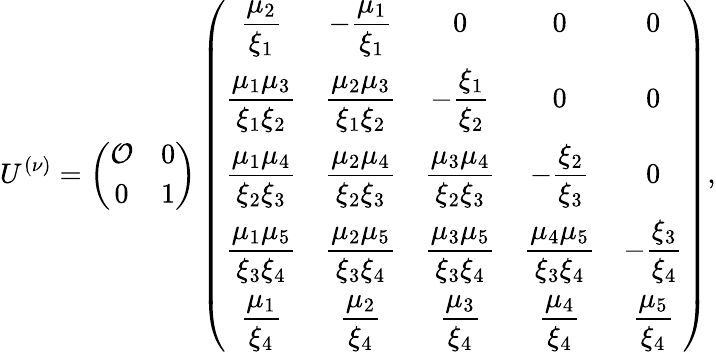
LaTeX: U^{(\nu)}=\left(\begin{array}{cc}{{{\cal O}}}&{{0}}\\ {{0}}&{{1}}\end{array}\right)\left(\begin{array}{ccccc}{{\displaystyle{{\frac{\mu_{2}}{\xi_{1}}}}}}&{{\displaystyle{-{\frac{\mu_{1}}{\xi_{1}}}}}}&{{0}}&{{0}}&{{0}}\\ {{\displaystyle{{\frac{\mu_{1}\mu_{3}}{\xi_{1}\xi_{2}}}}}}&{{\displaystyle{{\frac{\mu_{2}\mu_{3}}{\xi_{1}\xi_{2}}}}}}&{{\displaystyle{-{\frac{\xi_{1}}{\xi_{2}}}}}}&{{0}}&{{0}}\\ {{\displaystyle{{\frac{\mu_{1}\mu_{4}}{\xi_{2}\xi_{3}}}}}}&{{\displaystyle{{\frac{\mu_{2}\mu_{4}}{\xi_{2}\xi_{3}}}}}}&{{\displaystyle{{\frac{\mu_{3}\mu_{4}}{\xi_{2}\xi_{3}}}}}}&{{\displaystyle{-{\frac{\xi_{2}}{\xi_{3}}}}}}&{{0}}\\ {{\displaystyle{{\frac{\mu_{1}\mu_{5}}{\xi_{3}\xi_{4}}}}}}&{{\displaystyle{{\frac{\mu_{2}\mu_{5}}{\xi_{3}\xi_{4}}}}}}&{{\displaystyle{{\frac{\mu_{3}\mu_{5}}{\xi_{3}\xi_{4}}}}}}&{{\displaystyle{{\frac{\mu_{4}\mu_{5}}{\xi_{3}\xi_{4}}}}}}&{{\displaystyle{-{\frac{\xi_{3}}{\xi_{4}}}}}}\\ {{\displaystyle{{\frac{\mu_{1}}{\xi_{4}}}}}}&{{\displaystyle{{\frac{\mu_{2}}{\xi_{4}}}}}}&{{\displaystyle{{\frac{\mu_{3}}{\xi_{4}}}}}}&{{\displaystyle{{\frac{\mu_{4}}{\xi_{4}}}}}}&{{\displaystyle{{\frac{\mu_{5}}{\xi_{4}}}}}}\end{array}\right),